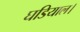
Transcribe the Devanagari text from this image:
घडियाल।